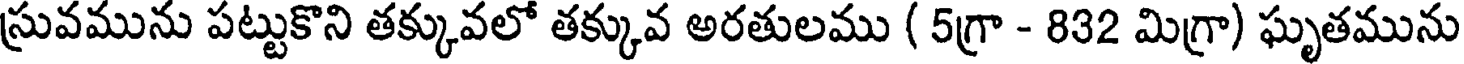
స్రువమును పట్టుకొని తక్కువలో తక్కువ అరతులము ( 5గ్రా - 832 మిగ్రా) ఘృతమును